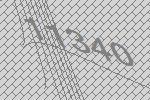
11340